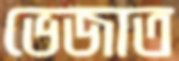
ভেজাত